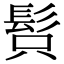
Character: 𩬫